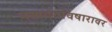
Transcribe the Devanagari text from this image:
नखदंतविषारावर